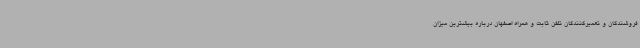
فروشندگان و تعمیرکنندگان تلفن ثابت و همراه اصفهان درباره بیشترین میزان